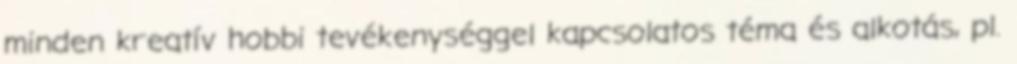
minden kreatív hobbi tevékenységgel kapcsolatos téma és alkotás, pl.